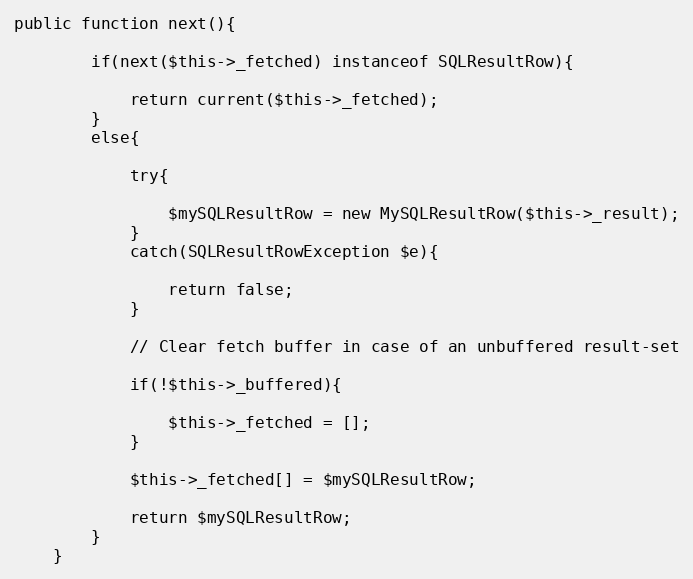
Language: PHP
public function next(){

		if(next($this->_fetched) instanceof SQLResultRow){

			return current($this->_fetched);
		}
		else{

			try{

				$mySQLResultRow = new MySQLResultRow($this->_result);
			}
			catch(SQLResultRowException $e){

				return false;
			}

			// Clear fetch buffer in case of an unbuffered result-set

			if(!$this->_buffered){

				$this->_fetched = [];
			}

			$this->_fetched[] = $mySQLResultRow;

			return $mySQLResultRow;
		}
	}